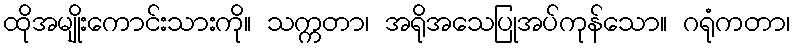
ထိုအမျိုးကောင်းသားကို။ သက္ကတာ၊ အရိုအသေပြုအပ်ကုန်သော။ ဂရုံကတာ၊